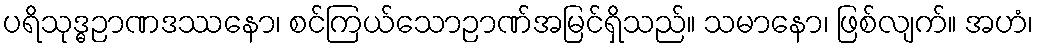
ပရိသုဒ္ဓဉာဏဒဿနော၊ စင်ကြယ်သောဉာဏ်အမြင်ရှိသည်။ သမာနော၊ ဖြစ်လျက်။ အဟံ၊